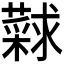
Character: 𰲎